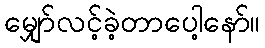
မျှော်လင့်ခဲ့တာပေါ့နော်။